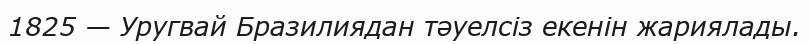
1825 — Уругвай Бразилиядан тәуелсіз екенін жариялады.